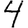
Digit: 4